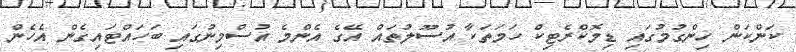
ކަންކަން ހިންގުމުގައި ޑިމޮކްރެޓިކް ހަމަތަކާ އުސޫލުތައް އޭގެ އެންމެ އުސްމިނުގައި ބަހައްޓައިގެން އެހެން